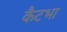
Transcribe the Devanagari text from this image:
कैटभा